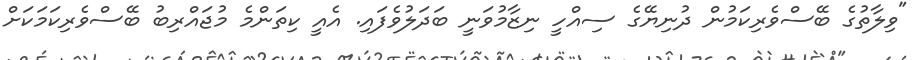
"ވިލާތުގެ ބޭސްވެރިކަމުން ދުނިޔޭގެ ސިއްހީ ނިޒާމުވަނީ ބަދަލުވެފައި. އެއީ ކިތަންމެ މުޖައްރިބު ބޭސްވެރިކަމަކަށް